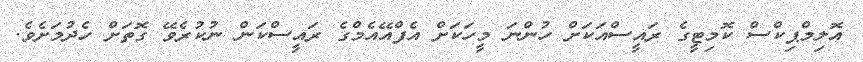
އޮލިމްޕިކްސް ކޮމިޓީގެ ރައީސްއަކަށް ހުންނަ މީހަކަށް އެފްއޭއެމްގެ ރައީސްކަން ނުކުރެވޭ ގޮތަށް ހެދުމަށެވެ.